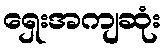
ရှေးအကျဆုံး